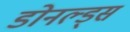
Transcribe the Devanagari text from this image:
डोनल्ड्स